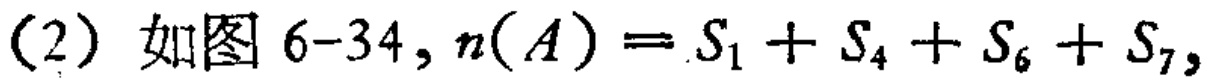
(2) 如图 6-34, \(n(A)=S_{1}+S_{4}+S_{6}+S_{7}\)